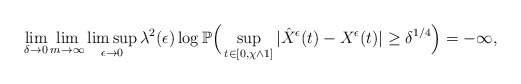
\begin{align*}\lim_{\delta\to0}\lim_{m\to\infty}\limsup_{\epsilon\to0}\lambda^2(\epsilon)\log\mathbb P\Big(\sup_{t\in[0,\chi\wedge1]}|\hat{X}^{\epsilon}(t)-X^{\epsilon}(t)|\geq\delta^{1/4}\Big)=-\infty,\end{align*}